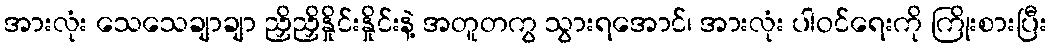
အားလုံး သေသေချာချာ ညှိညှိနှိုင်းနှိုင်းနဲ့ အတူတကွ သွားရအောင်၊ အားလုံး ပါဝင်ရေးကို ကြိုးစားပြီး